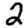
Digit: 2